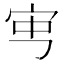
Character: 𡧥